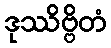
ဒုဿိဗ္ဗိတံ